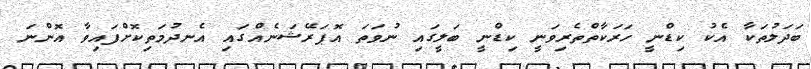
ބަދަލުތަކާ އެކު ކިޑްނީ ހަރަކާތްތެރިވަނީ ކިޑްނީ ބަލީގައި ނުވަތަ އޮޕަރޭޝަނެއްގައި އެނދުމަތިކޮށްފައިވާ އޮންނަ